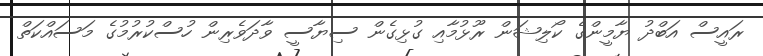
ރައީސް އަބްދު ޔާމީންގެ ކޯލިޝަން ރޫޅުމާއި ގުޅިގެން ސިޔާސީ ވާދަވެރިން ހުސްކުރުމުގެ މަސައްކަތް